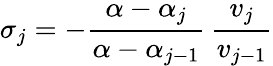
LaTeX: \sigma_{j}=-\frac{\alpha-\alpha_{j}}{\alpha-\alpha_{j-1}}\, \frac{v_{j}}{v_{j-1}}